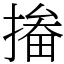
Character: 㨧